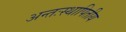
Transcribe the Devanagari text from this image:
अन्तःस्थापितीय